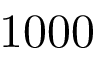
1 0 0 0